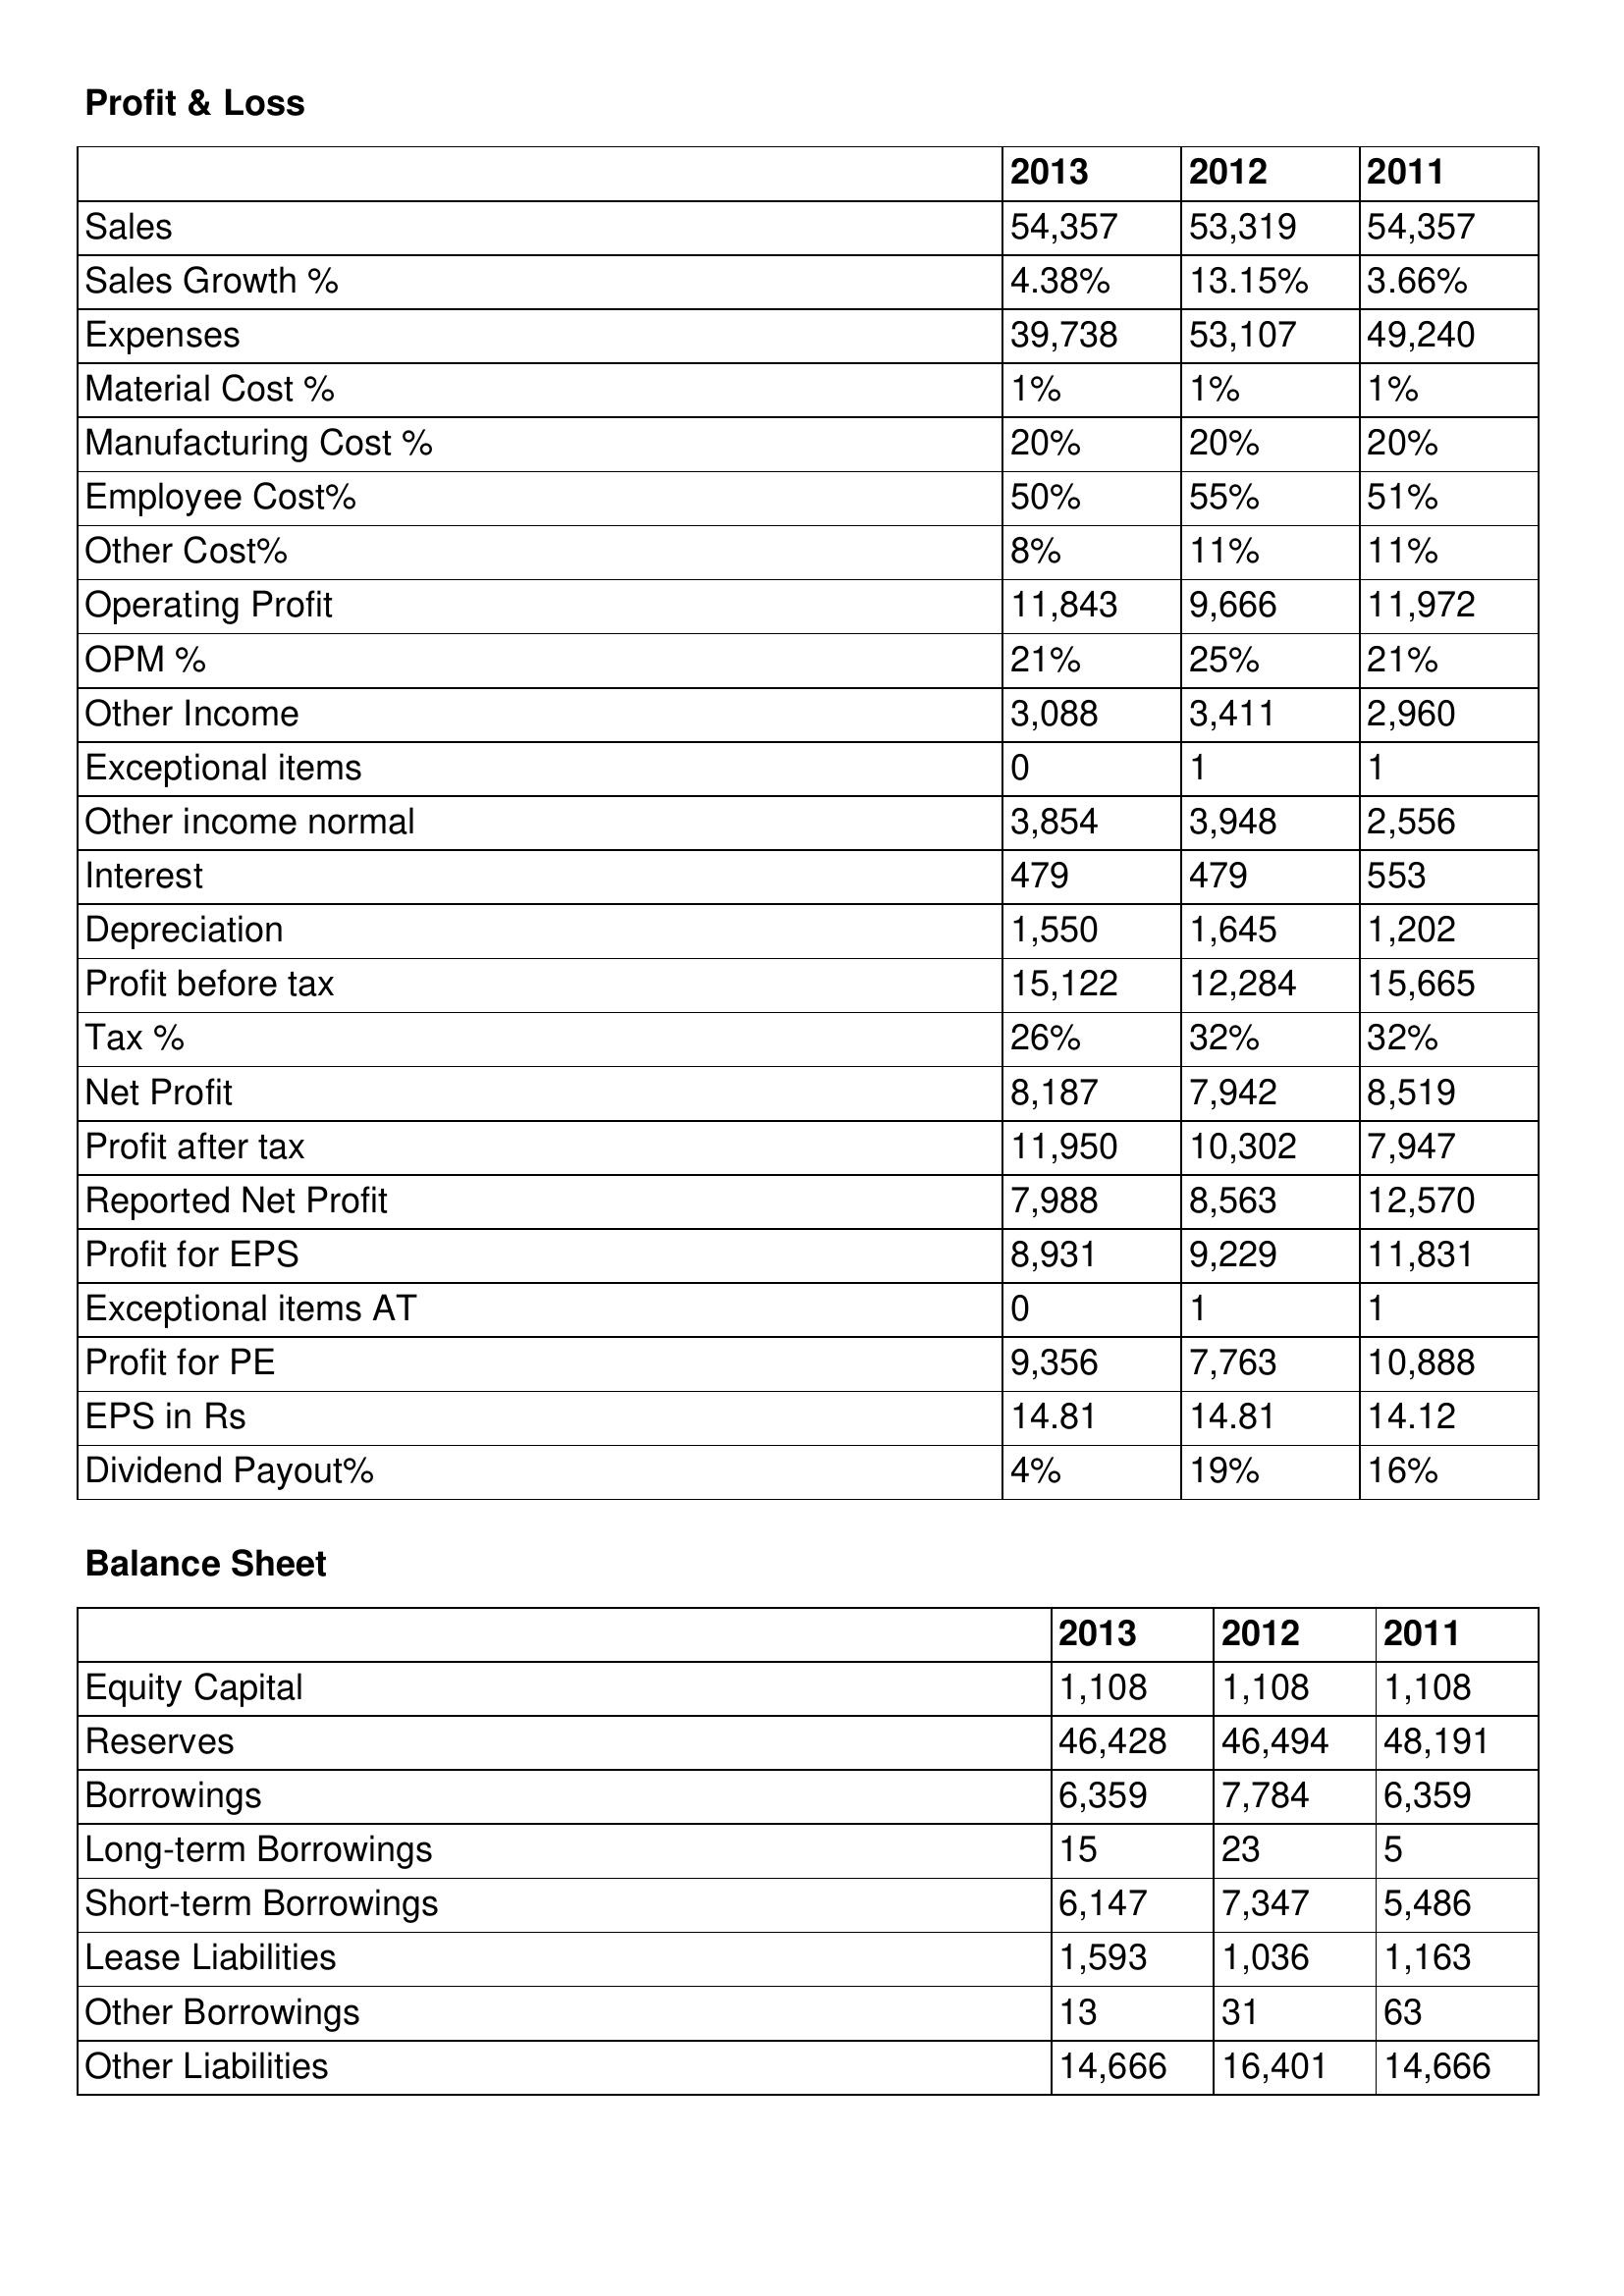
gt_parse: 2013: Profit & Loss: Sales: 54,357
Sales Growth %: 4.38%
Expenses: 39,738
Material Cost %: 1%
Manufacturing Cost %: 20%
Employee Cost%: 50%
Other Cost%: 8%
Operating Profit: 11,843
OPM %: 21%
Other Income: 3,088
Exceptional items: 0
Other income normal: 3,854
Interest: 479
Depreciation: 1,550
Profit before tax: 15,122
Tax %: 26%
Net Profit: 8,187
Profit after tax: 11,950
Reported Net Profit: 7,988
Profit for EPS: 8,931
Exceptional items AT: 0
Profit for PE: 9,356
EPS in Rs: 14.81
Dividend Payout%: 4%
Balance Sheet: Equity Capital: 1,108
Reserves: 46,428
Borrowings: 6,359
Long-term Borrowings: 15
Short-term Borrowings: 6,147
Lease Liabilities: 1,593
Other Borrowings: 13
Other Liabilities: 14,666
2012: Profit & Loss: Sales: 53,319
Sales Growth %: 13.15%
Expenses: 53,107
Material Cost %: 1%
Manufacturing Cost %: 20%
Employee Cost%: 55%
Other Cost%: 11%
Operating Profit: 9,666
OPM %: 25%
Other Income: 3,411
Exceptional items: 1
Other income normal: 3,948
Interest: 479
Depreciation: 1,645
Profit before tax: 12,284
Tax %: 32%
Net Profit: 7,942
Profit after tax: 10,302
Reported Net Profit: 8,563
Profit for EPS: 9,229
Exceptional items AT: 1
Profit for PE: 7,763
EPS in Rs: 14.81
Dividend Payout%: 19%
Balance Sheet: Equity Capital: 1,108
Reserves: 46,494
Borrowings: 7,784
Long-term Borrowings: 23
Short-term Borrowings: 7,347
Lease Liabilities: 1,036
Other Borrowings: 31
Other Liabilities: 16,401
2011: Profit & Loss: Sales: 54,357
Sales Growth %: 3.66%
Expenses: 49,240
Material Cost %: 1%
Manufacturing Cost %: 20%
Employee Cost%: 51%
Other Cost%: 11%
Operating Profit: 11,972
OPM %: 21%
Other Income: 2,960
Exceptional items: 1
Other income normal: 2,556
Interest: 553
Depreciation: 1,202
Profit before tax: 15,665
Tax %: 32%
Net Profit: 8,519
Profit after tax: 7,947
Reported Net Profit: 12,570
Profit for EPS: 11,831
Exceptional items AT: 1
Profit for PE: 10,888
EPS in Rs: 14.12
Dividend Payout%: 16%
Balance Sheet: Equity Capital: 1,108
Reserves: 48,191
Borrowings: 6,359
Long-term Borrowings: 5
Short-term Borrowings: 5,486
Lease Liabilities: 1,163
Other Borrowings: 63
Other Liabilities: 14,666